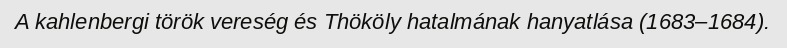
A kahlenbergi török vereség és Thököly hatalmának hanyatlása (1683–1684).